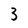
Character: 3